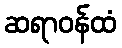
ဆရာဝန်ထံ